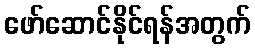
ဖော်ဆောင်နိုင်ရန်အတွက်